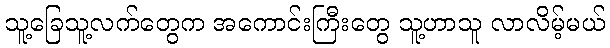
သူ့ခြေသူ့လက်တွေက အကောင်းကြီးတွေ သူ့ဟာသူ လာလိမ့်မယ်